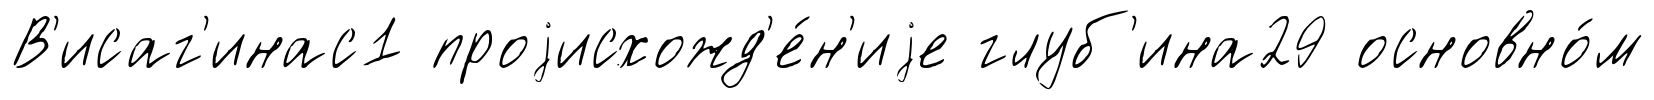
В'исаг'инас1 проjисхожд'е́н'иjе глуб'ина29 основно́м